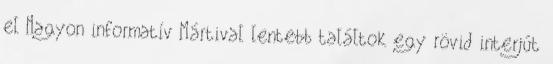
el Nagyon informatív Mártival lentebb találtok egy rövid interjút